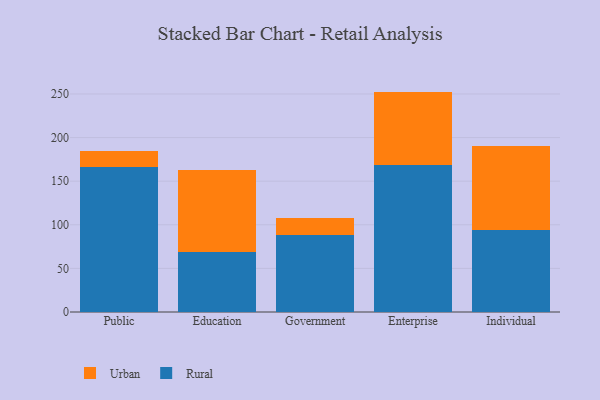
{"axis": {"x": "Segment", "y": "Latency (ms)"}, "legend": ["Rural", "Urban"], "data": [{"x": "Public", "y": 165.7, "type": "Rural"}, {"x": "Public", "y": 18.9, "type": "Urban"}, {"x": "Education", "y": 68.7, "type": "Rural"}, {"x": "Education", "y": 94.0, "type": "Urban"}, {"x": "Government", "y": 87.8, "type": "Rural"}, {"x": "Government", "y": 20.3, "type": "Urban"}, {"x": "Enterprise", "y": 168.1, "type": "Rural"}, {"x": "Enterprise", "y": 84.6, "type": "Urban"}, {"x": "Individual", "y": 93.5, "type": "Rural"}, {"x": "Individual", "y": 96.5, "type": "Urban"}]}